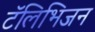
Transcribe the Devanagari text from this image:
टॅलिभिजन